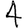
Digit: 4